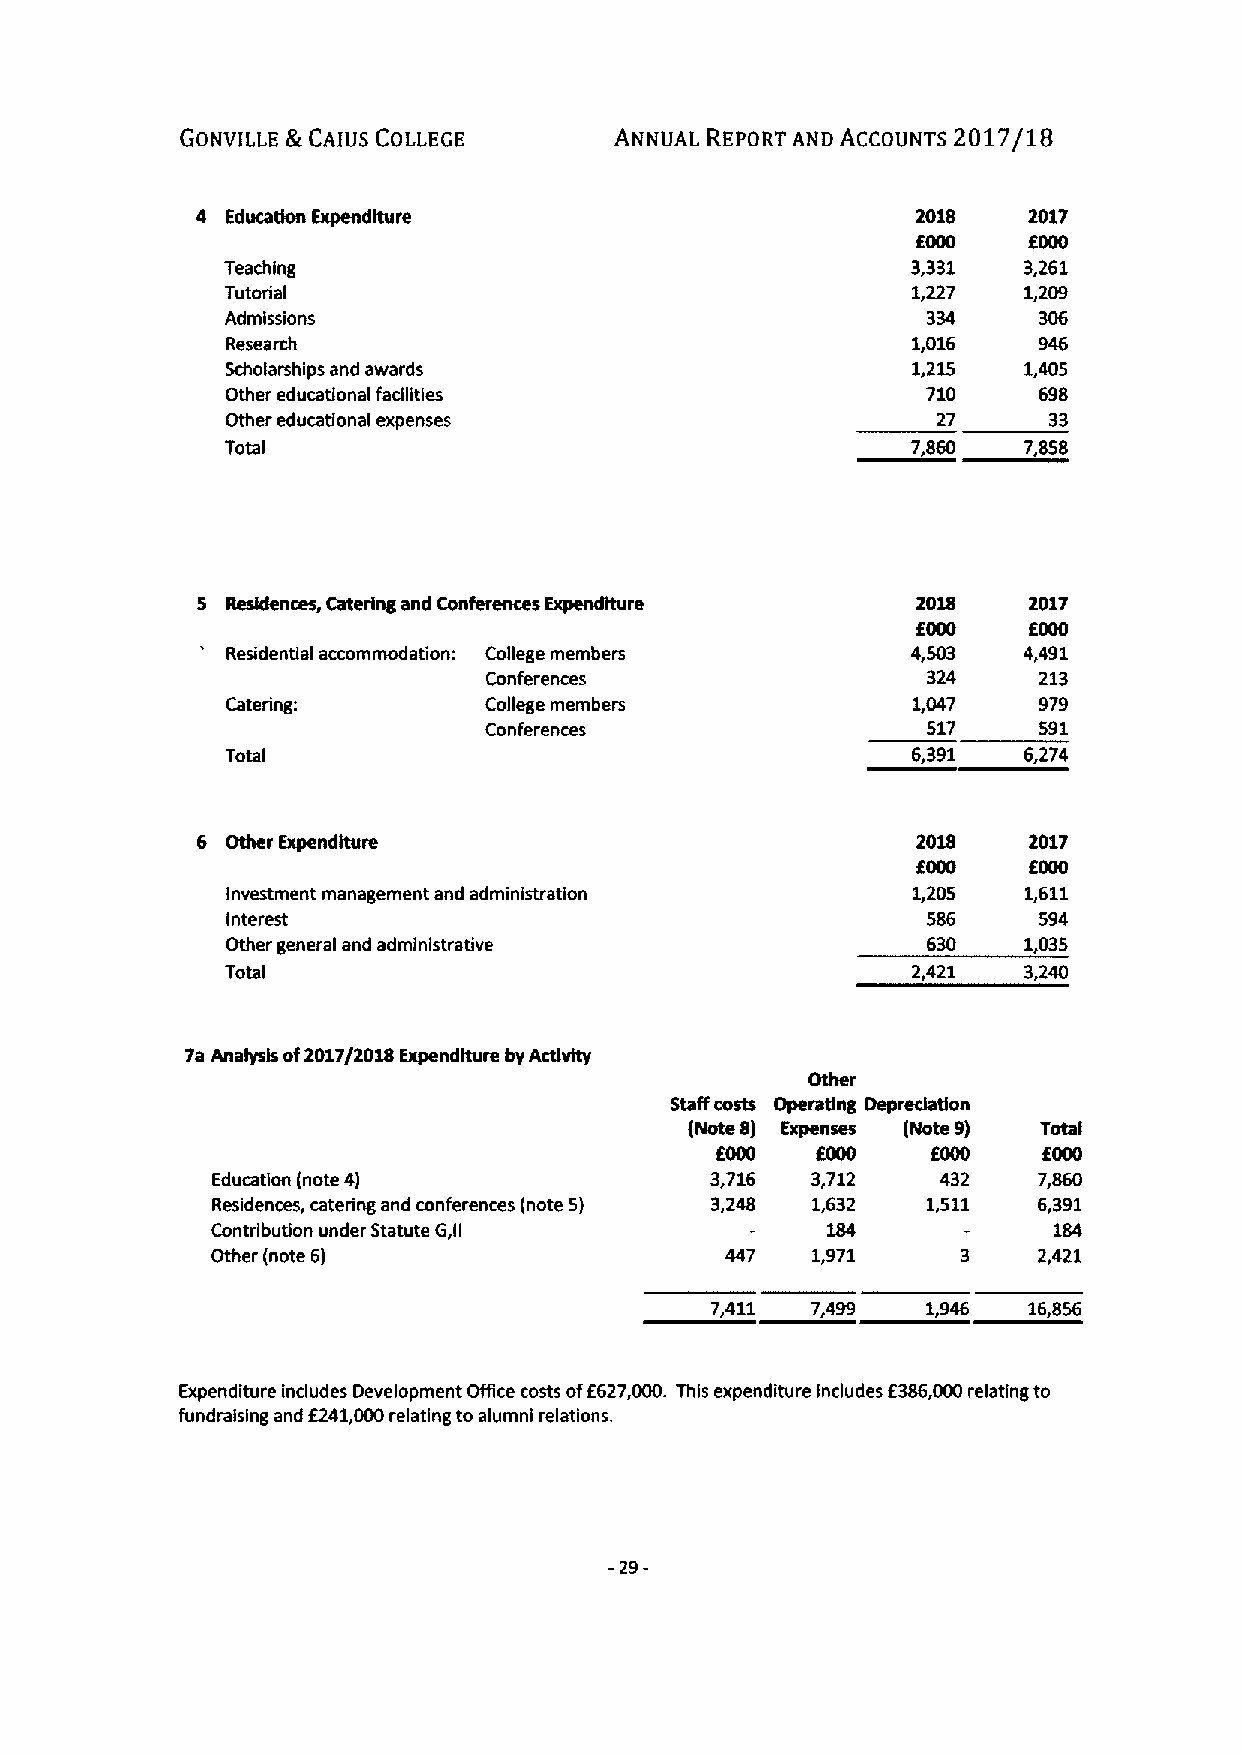
GONVILLE &CAIUS COLLEGE      ANNUAL REPORT AND ACCOUNTS 2017/18
 4 Educathm Expenditure                          2018   2017
 EOM    EOOO
 Teaching                                     3,331   3,261
 Tutorial                                     1,227   1,209
 Admissions                                    334     306
 Research                                     1,016    946
 Scholarships and awards                      1,215   1,405
 Other educational fadlities                   710     698
 Other educational expenses                     27     33
 Total                                        7,860   7,858
 5 Residences, Catering and Conferences xpendlture 2018 2017
 EOOO   EOOO
 Residential accommodation: College members   4,503   4,491
 Conferences                  324     213
 Catering:        College members             1,047    979
 Conferences                  517     591
 Total                                        6,391   6,274
 6 Other Expenditure                             2018   2017
 EOOD   EOOD
 Investment management and administration     1,205   1,611
 Interest                                      586     594
 Other general and administrative              630    1,035
 Total                                        2,421   3,240
 7a Analysis of2017/2018 Expenditure byActivity
 Other
 Staff costs Operating Depredation
 (Note 8) Expenses (Note 9) Total
 EOOD   6000    EOOO   EOOD
 Education (note 4)               3,716  3712    432    7,860
 Residences, catering and conferences (note 5) 3,248 1,632 1,511 6,391
 Contribution under Statute G,ll          184            184
 Other (note 6)                          1,971     3    2,421
 7,411  7,499  1,946  16,856
 Expenditure includes Development Office costs of6627,000. This expenditure Includes 6386,000relating to
 fundralslng and 6241,000relating to alumni relations.
 -29-